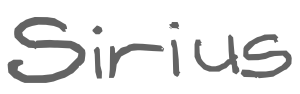
Text: Sirius
Cross-out: clean
Writing tool: digital_gray